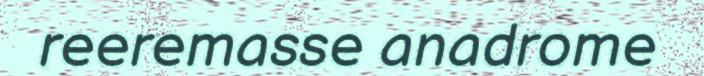
reeremasse anadrome